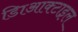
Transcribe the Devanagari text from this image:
डािआक्टाइल